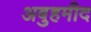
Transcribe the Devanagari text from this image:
अबुहमीद